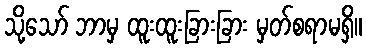
သို့သော် ဘာမှ ထူးထူးခြားခြား မှတ်စရာမရှိ။